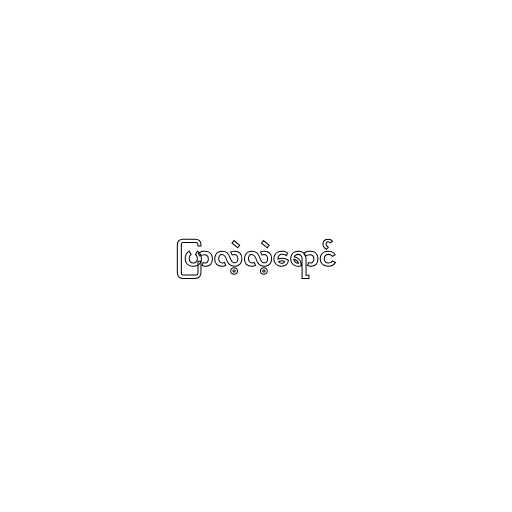
ပြာလဲ့လဲ့ရောင်